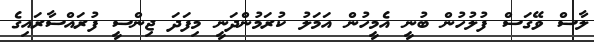
ލާސް ވޭގަސް ފުލުހުން ބުނީ އެމީހުން އަމަލު ކުރަމުންދަނީ މިފަދަ ޖިންސީ ފުރައްސާރައިގެ